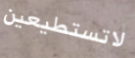
لاتستطيعين